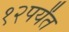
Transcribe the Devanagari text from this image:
१२पर्यंत